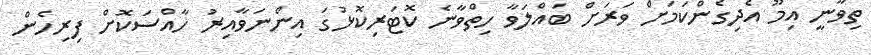
ތިވާނީ އިމޫ އެދިގެންކަމަށް ވަރަށް ބައްލަވާ ހިތްވާނެ ކޮޓަރިކޮޅުގަ އިންނަވާއިރު ހާއްސަކޮށް ފިރިހެން